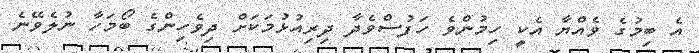
އެ ބިމުގެ ވެއްޔާ އެކީ ހިމުންވެ ހަފުސްވެދާ ދިރިއުޅުމަކަށް ދިވެހިންގެ ބޯމަހާ ނުލެވޭނެ